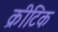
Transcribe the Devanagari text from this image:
क्रीटिक